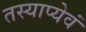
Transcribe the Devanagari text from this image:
तस्याप्येवं